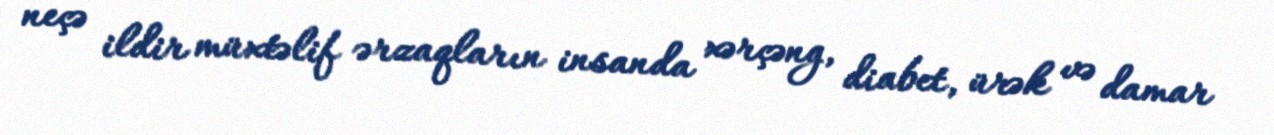
neçə ildir müxtəlif ərzaqların insanda xərçəng, diabet, ürək və damar